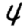
Digit: 4